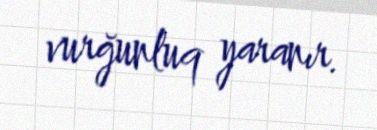
vurğunluq yaranır.